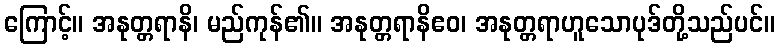
ကြောင့်။ အနုတ္တရာနိ၊ မည်ကုန်၏။ အနုတ္တရာနိဧဝ၊ အနုတ္တရာဟူသောပုဒ်တို့သည်ပင်။